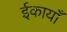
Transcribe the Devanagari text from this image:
ईकायाँ